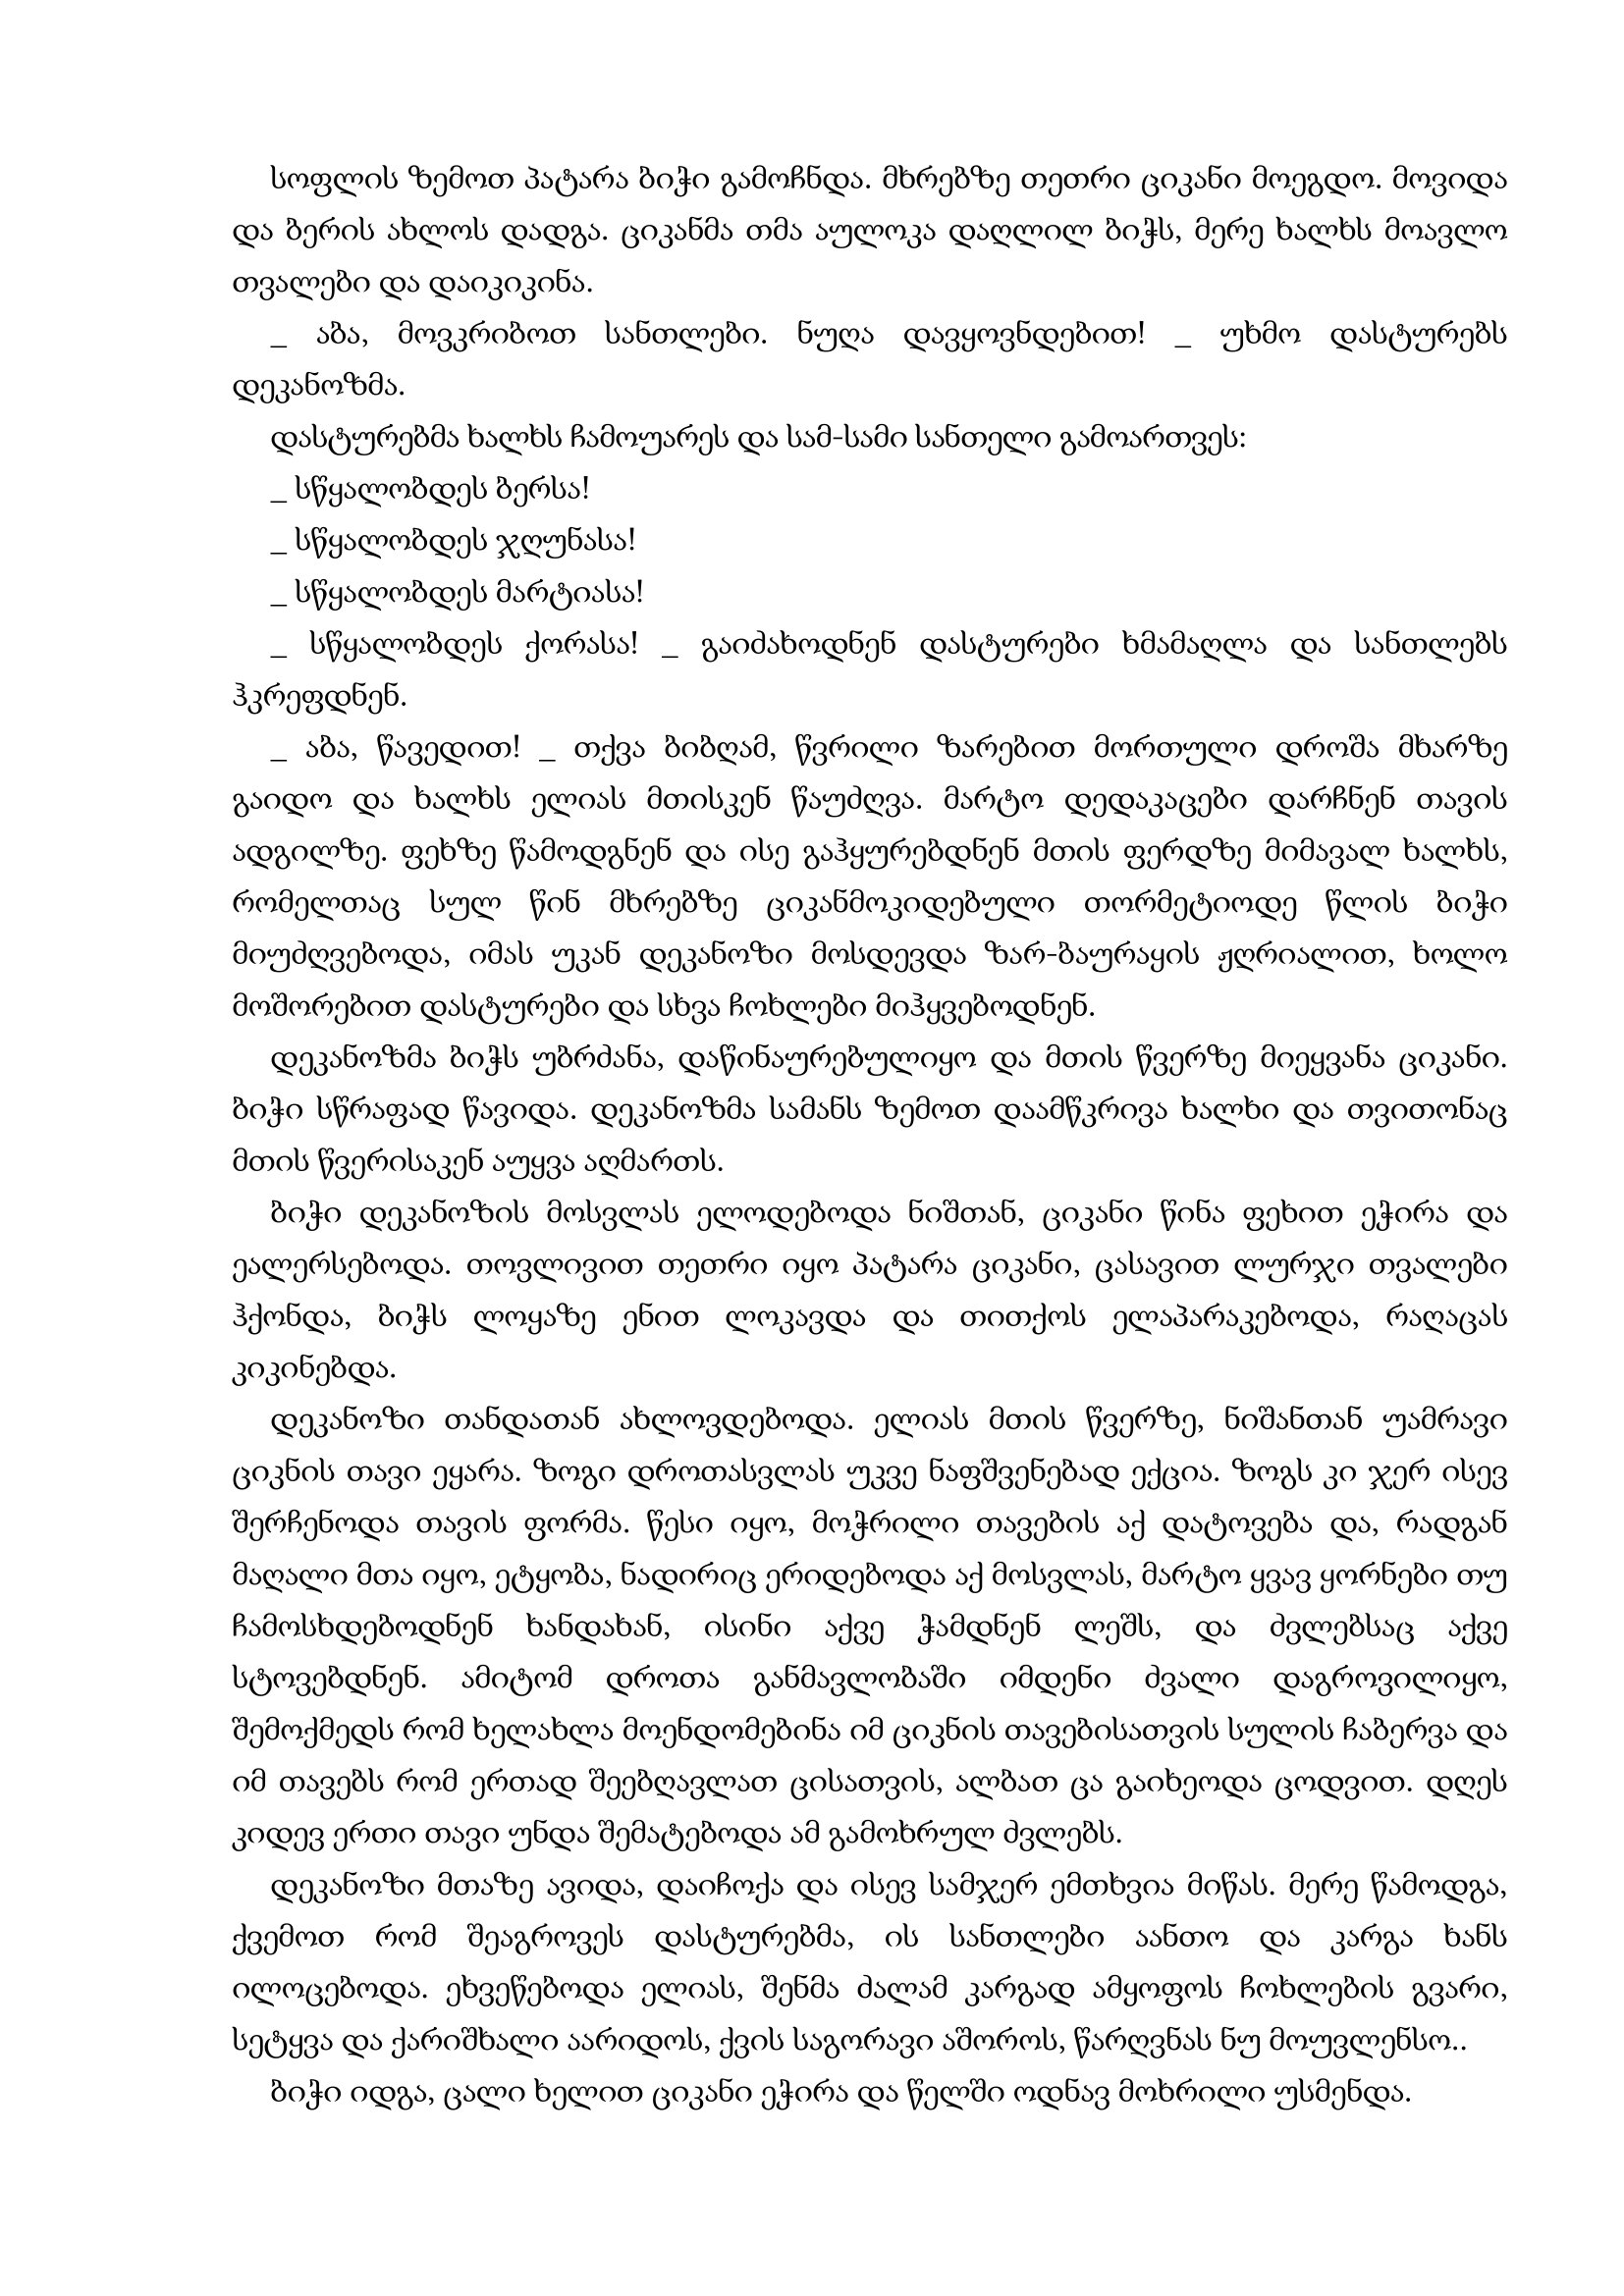
Language: gr